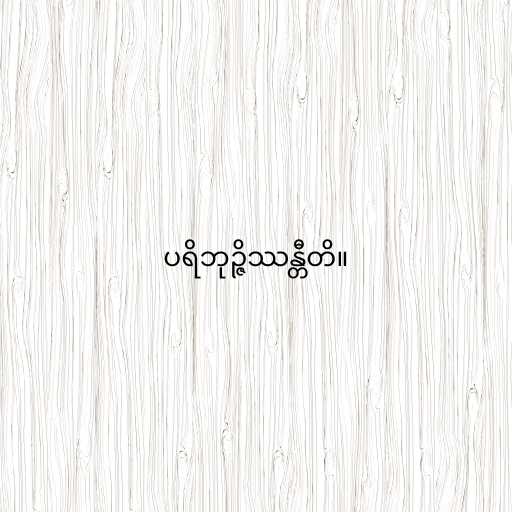
ပရိဘုဉ္ဇိဿန္တီတိ။